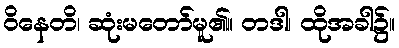
ဝိနေတိ၊ ဆုံးမတော်မူ၏။ တဒါ၊ ထိုအခါ၌။